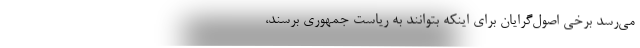
می‌رسد برخی اصول‌گرایان برای اینکه بتوانند به ریاست جمهوری برسند،